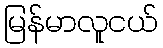
မြန်မာလူငယ်